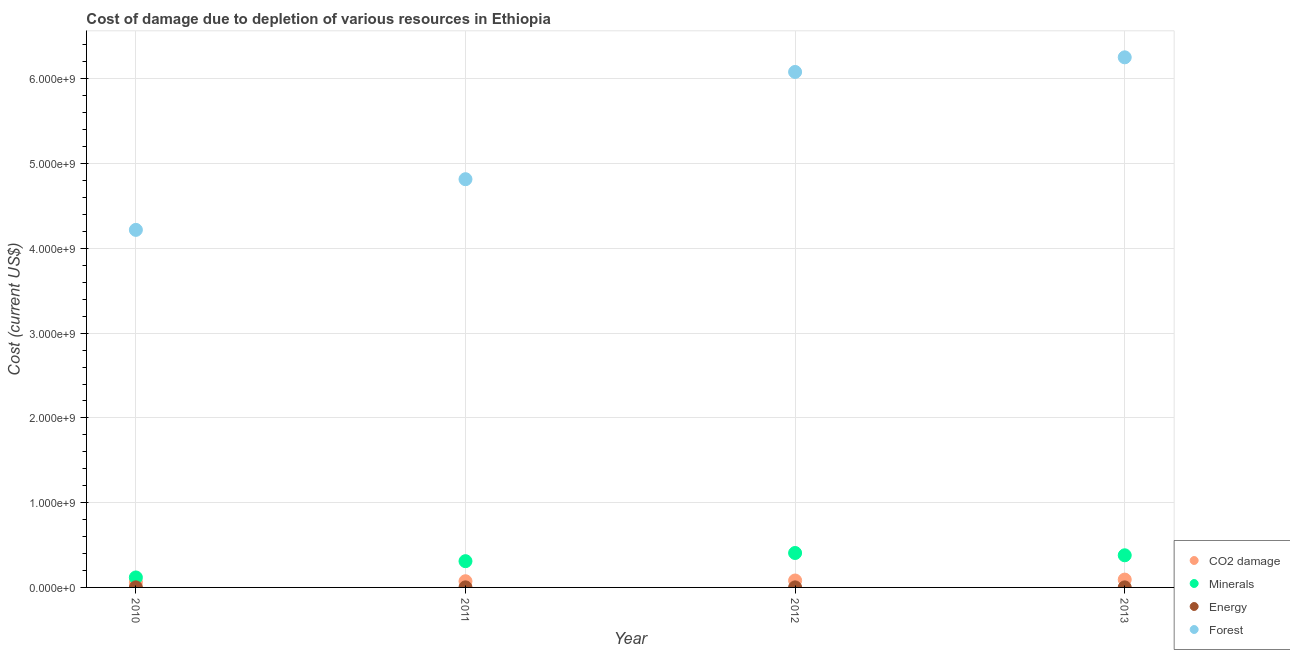
| Year | CO2 damage | Minerals | Energy | Forest |
 | --- | --- | --- | --- | --- |
 | 2010 | 6.22e+07 | 1.18e+08 | 1.04e+06 | 4.22e+09 |
 | 2011 | 7.31e+07 | 3.1e+08 | 9.09e+05 | 4.82e+09 |
 | 2012 | 8.17e+07 | 4.06e+08 | 6.99e+05 | 6.08e+09 |
 | 2013 | 9.26e+07 | 3.79e+08 | 6.23e+05 | 6.25e+09 |